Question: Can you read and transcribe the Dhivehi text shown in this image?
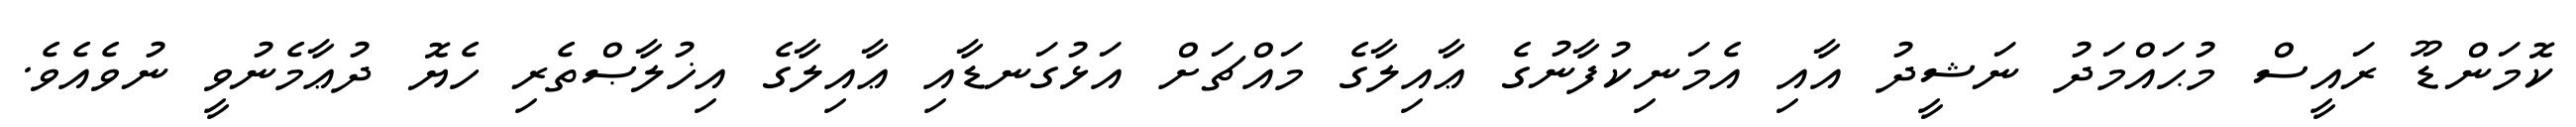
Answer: ކޮމަންޑޫ ރައީސް މުޙައްމަދު ނަޝީދު އާއި އެމަނިކުފާނުގެ ޢާއިލާގެ މައްޗަށް އަޅުގަނޑާއި ޢާއިލާގެ އިޚުލާޞްތެރި ހެޔޮ ދުޢާމެނުވީ ނުވެއެވެ.